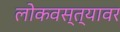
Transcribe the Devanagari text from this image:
लोकवस्त्यावर